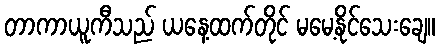
တာကာယူကီသည် ယနေ့ထက်တိုင် မမေ့နိုင်သေးချေ။